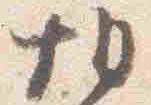
朝